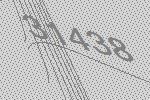
31438